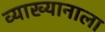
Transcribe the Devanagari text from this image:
व्याख्यानाला